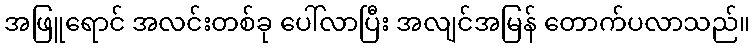
အဖြူရောင် အလင်းတစ်ခု ပေါ်လာပြီး အလျင်အမြန် တောက်ပလာသည်။